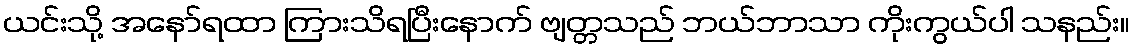
ယင်းသို့ အနော်ရထာ ကြားသိရပြီးနောက် ဗျတ္တသည် ဘယ်ဘာသာ ကိုးကွယ်ပါ သနည်း။